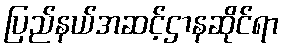
ပြည်နယ်အဆင့်ဌာနဆိုင်ရာ